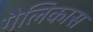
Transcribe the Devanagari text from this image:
गैलिकास